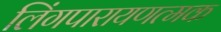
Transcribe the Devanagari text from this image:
लिंगपारायणत्मक